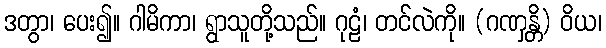
ဒတွာ၊ ပေး၍။ ဂါမိကာ၊ ရွာသူတို့သည်။ ဂုဠံ၊ တင်လဲကို။ (ဂဏှန္တိ) ဝိယ၊